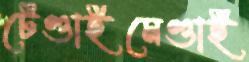
টেণ্ডাইমেণ্ডাই